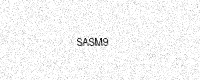
Text: SASM9